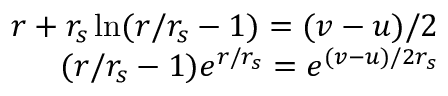
\begin{array} { r } { r + r _ { s } \ln ( r / r _ { s } - 1 ) = ( v - u ) / 2 } \\ { ( r / r _ { s } - 1 ) e ^ { r / r _ { s } } = e ^ { ( v - u ) / 2 r _ { s } } } \end{array}